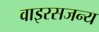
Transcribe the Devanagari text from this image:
वाइरसजन्य